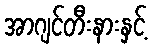
အာဂျင်တီးနားနှင့်